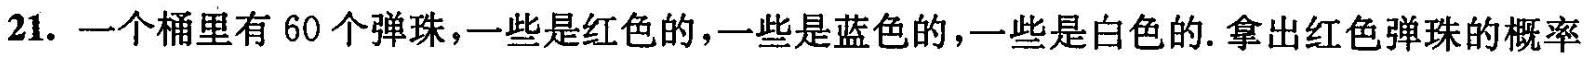
21.一个桶里有60个弹珠，一些是红色的，一些是蓝色的，一些是白色的.拿出红色弹珠的概率